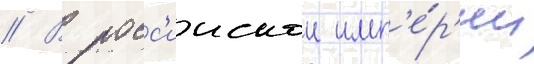
// В росс'иискои имп'е́р'ии